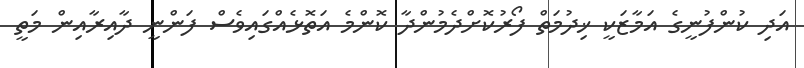
އަދި ކުންފުނީގެ އަމާޒަކީ ޚިދުމަތް ފޯރުކޮށްދެމުންދާ ކޮންމެ އަތޮޅެއްގައިވެސް ފަންނީ ދާއިރާއިން މަތީ